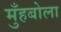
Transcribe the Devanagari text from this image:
मुँहबोला